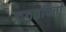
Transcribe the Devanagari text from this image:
जगतपिर्त्ता